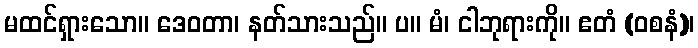
မထင်ရှားသော။ ဒေဝတာ၊ နတ်သားသည်။ ပ။ မံ၊ ငါဘုရားကို။ ဧတံ (ဝစနံ)၊